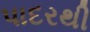
પાદરથી